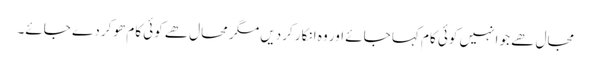
مجال ھے جو انہیں کوئی کام کہا جائے اور وہ انکار کردیں مگر محال ھے کوئی کام ھوکر دے جائے۔